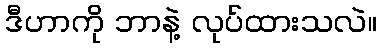
ဒီဟာကို ဘာနဲ့ လုပ်ထားသလဲ။